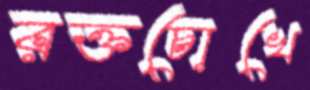
রক্তচোখে